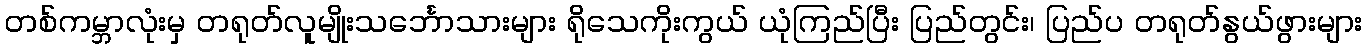
တစ်ကမ္ဘာလုံးမှ တရုတ်လူမျိုးသင်္ဘောသားများ ရိုသေကိုးကွယ် ယုံကြည်ပြီး ပြည်တွင်း၊ ပြည်ပ တရုတ်နွယ်ဖွားများ